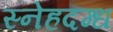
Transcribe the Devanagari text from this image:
स्नेहदग्ध